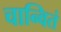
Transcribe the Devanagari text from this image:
चान्वितं